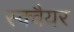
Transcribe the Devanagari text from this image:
स्‍क्‍वैयर